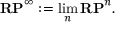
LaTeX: \mathbf { R P } ^ { \infty } : = \operatorname* { l i m } _ { n } \mathbf { R P } ^ { n } .